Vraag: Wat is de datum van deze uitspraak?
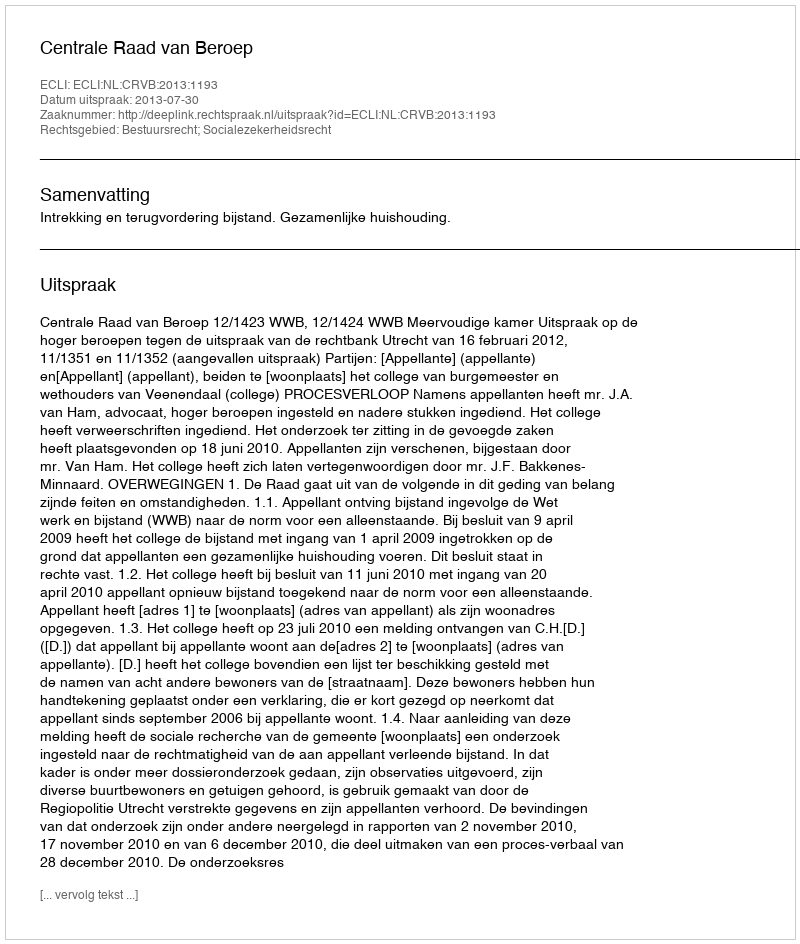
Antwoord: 2013-07-30